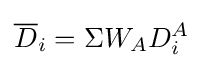
{\overline {D}}_{i}=\Sigma W_{A}D_{i}^{A}